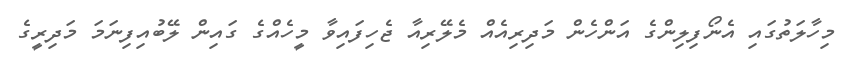
މިހާލަތުގައި އެނޯފިލިންގެ އަންހެން މަދިރިއެއް މެލޭރިއާ ޖެހިފައިވާ މީހެއްގެ ގައިން ލޭބުއިފިނަމަ މަދިރީގެ